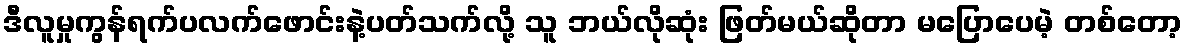
ဒီလူမှုကွန်ရက်ပလက်ဖောင်းနဲ့ပတ်သက်လို့ သူ ဘယ်လိုဆုံး ဖြတ်မယ်ဆိုတာ မပြောပေမဲ့ တစ်တော့